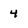
Character: 4